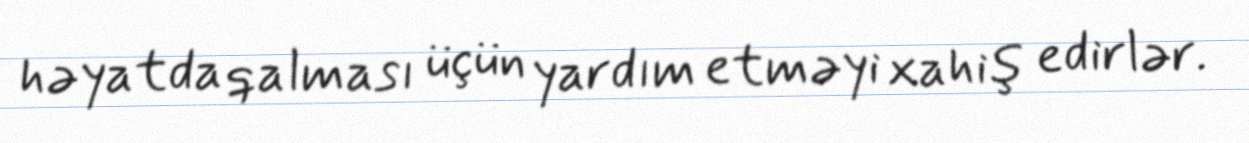
həyatda qalması üçün yardım etməyi xahiş edirlər.